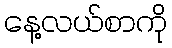
နေ့လယ်စာကို